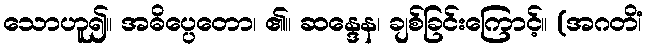
သောဟူ၍။ အဓိပ္ပေတော၊ ၏။ ဆန္ဒေန၊ ချစ်ခြင်းကြောင့်။ (အဂတိံ၊